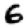
Digit: 6